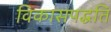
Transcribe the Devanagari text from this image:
विकासपद्धति